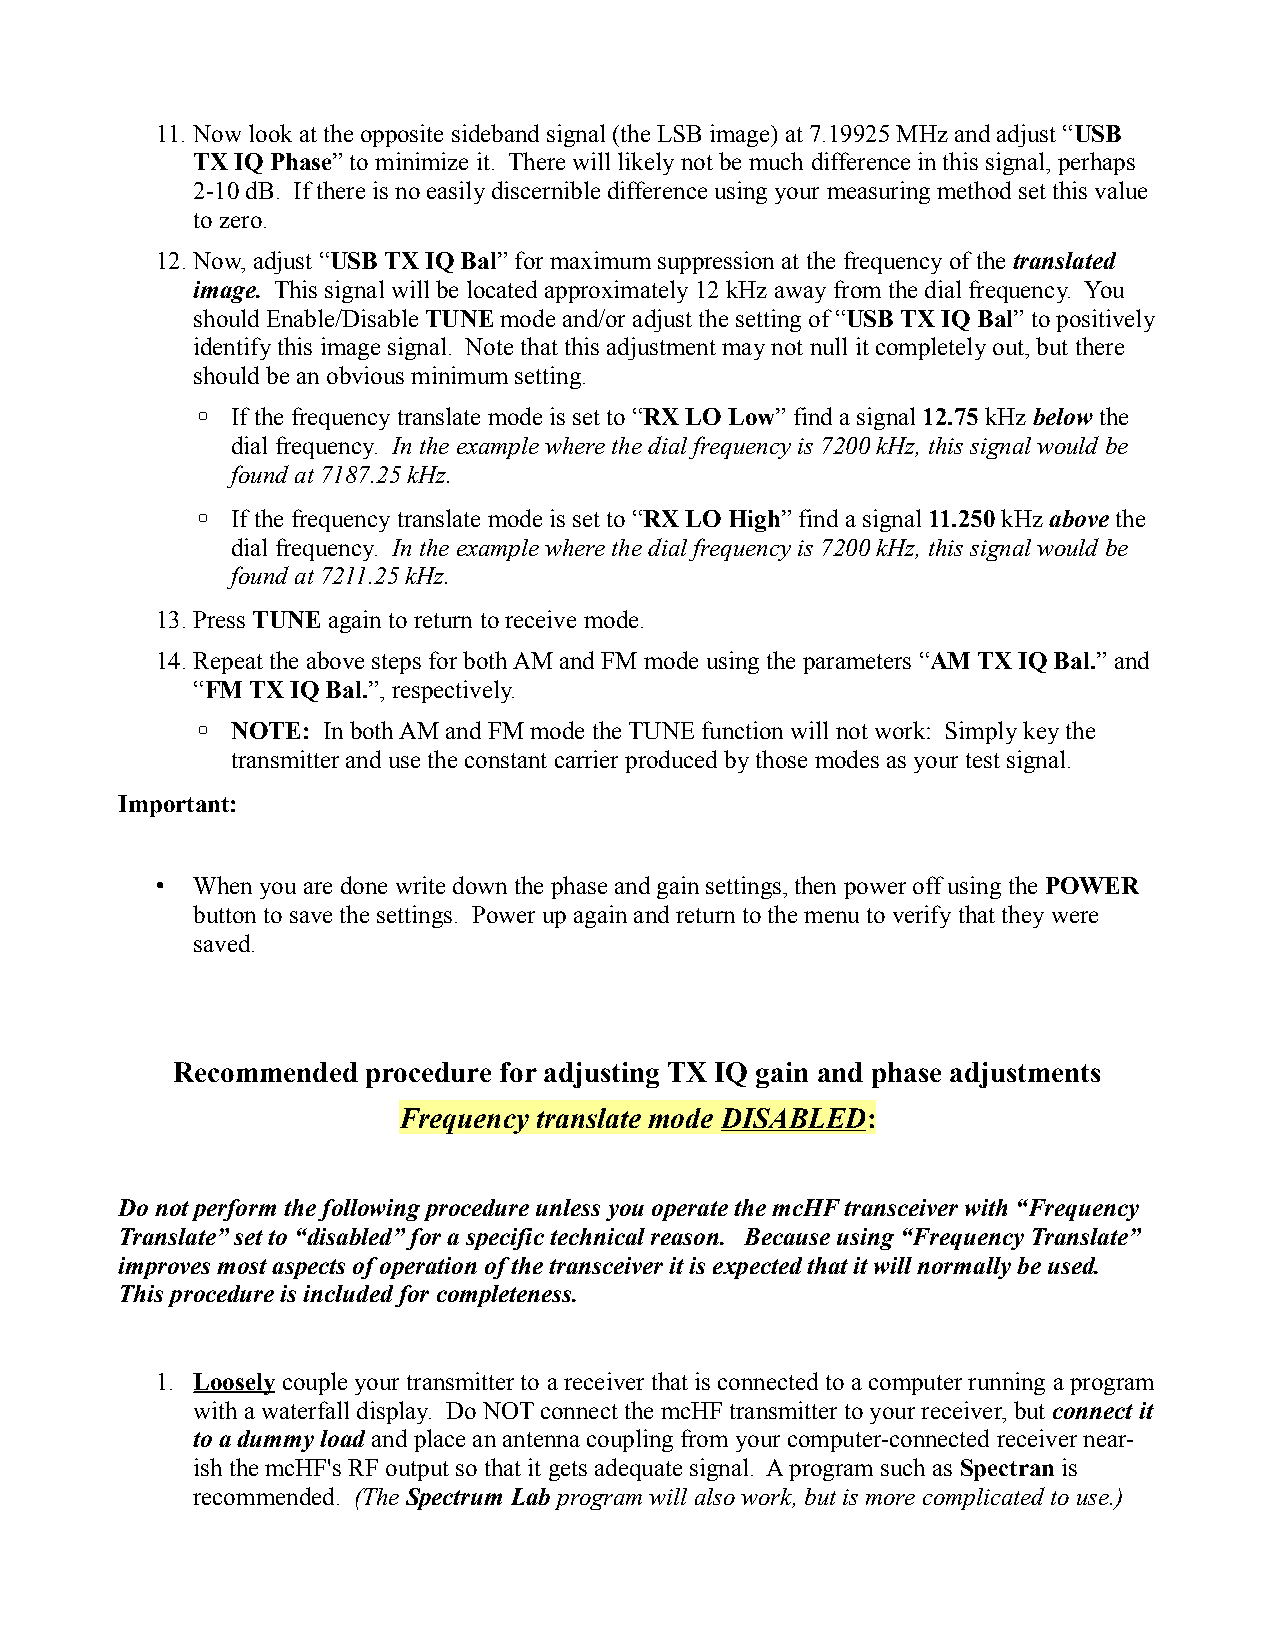
11. Now look at the opposite sideband signal (the LSB image) at 7.19925 MHz and adjust “USB
 TX IQ Phase” to minimize it. There will likely not be much difference in this signal, perhaps
 2-10 dB. If there is no easily discernible difference using your measuring method set this value
 to zero.
 12.Now, adjust “USB TX IQ Bal” for maximum suppression at the frequency of the translated
 image. This signal will be located approximately 12 kHz away from the dial frequency. You
 should Enable/Disable TUNE mode and/or adjust the setting of “USB TX IQ Bal” to positively
 identify this image signal. Note that this adjustment may not null it completely out, but there
 should be an obvious minimum setting.
 ◦ If the frequency translate mode is set to “RX LO Low” find a signal 12.75 kHz below the
 dial frequency. In the example where the dial frequency is 7200 kHz, this signal would be
 found at 7187.25 kHz.
 ◦ If the frequency translate mode is set to “RX LO High” find a signal 11.250 kHz above the
 dial frequency. In the example where the dial frequency is 7200 kHz, this signal would be
 found at 7211.25 kHz.
 13.Press TUNE again to return to receive mode.
 14.Repeat the above steps for both AM and FM mode using the parameters “AM TX IQ Bal.” and
 “FM TX IQ Bal.”, respectively.
 ◦ NOTE: In both AM and FM mode the TUNE function will not work: Simply key the
 transmitter and use the constant carrier produced by those modes as your test signal.
 Important:
 •  When you are done write down the phase and gain settings, then power off using the POWER
 button to save the settings. Power up again and return to the menu to verify that they were
 saved.
 Recommended  procedure for adjusting TX IQ gain and phase adjustments
 Frequency translate mode DISABLED:
 Do not perform the following procedure unless you operate the mcHF transceiver with “Frequency
 Translate” set to “disabled” for a specific technical reason. Because using “Frequency Translate”
 improves most aspects of operation of the transceiver it is expected that it will normally be used.
 This procedure is included for completeness.
 1. Loosely couple your transmitter to a receiver that is connected to a computer running a program
 with a waterfall display. Do NOT connect the mcHF transmitter to your receiver, but connect it
 to a dummy load and place an antenna coupling from your computer-connected receiver near-
 ish the mcHF's RF output so that it gets adequate signal. A program such as Spectran is
 recommended. (The Spectrum Lab program will also work, but is more complicated to use.)